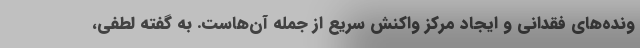
ونده‌های فقدانی و ایجاد مرکز واکنش سریع از جمله آن‌هاست. به گفته لطفی،